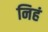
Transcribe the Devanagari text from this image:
निहं